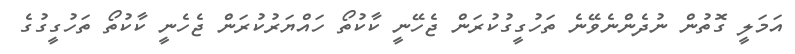
އަމަލީ ގޮތުން ނުދެންނެވޭނެ ތަހުގީގުކުރަން ޖެހޭނީ ކާކުތޯ ހައްޔަރުކުރަން ޖެހެނީ ކާކުތޯ ތަހުގީގުގެ